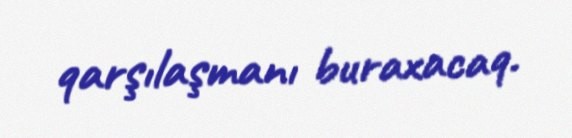
qarşılaşmanı buraxacaq.